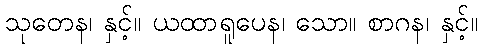
သုတေန၊ နှင့်။ ယထာရူပေန၊ သော။ စာဂန၊ နှင့်။